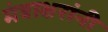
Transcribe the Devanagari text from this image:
मंत्राक्षरांनी